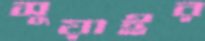
সুয়াইর